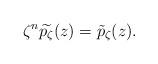
LaTeX: \begin{align*}\zeta^n \widetilde{p_{\zeta}}(z) = \tilde{p}_{\zeta}(z).\end{align*}